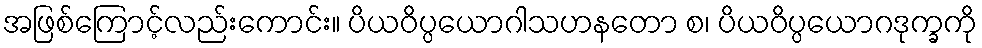
အဖြစ်ကြောင့်လည်းကောင်း။ ပိယဝိပ္ပယောဂါသဟနတော စ၊ ပိယဝိပ္ပယောဂဒုက္ခကို